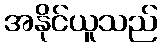
အနိုင်ယူသည်